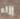
إزاء